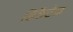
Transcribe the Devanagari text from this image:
डिकैटेज़